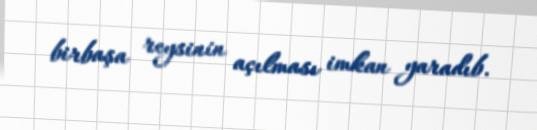
birbaşa reysinin açılması imkan yaradıb.